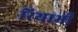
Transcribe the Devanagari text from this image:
रियाभी